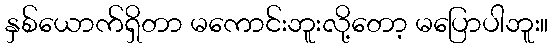
နှစ်ယောက်ရှိတာ မကောင်းဘူးလို့တော့ မပြောပါဘူး။